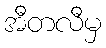
အီတလီမှ